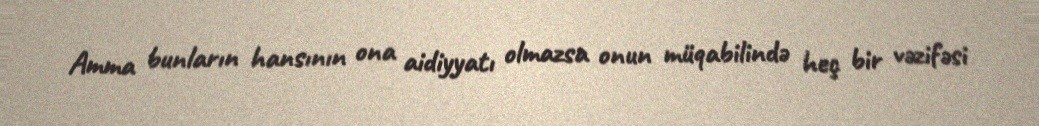
Amma bunların hansının ona aidiyyatı olmazsa onun müqabilində heç bir vəzifəsi